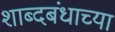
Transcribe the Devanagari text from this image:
शाब्दबंधाच्या